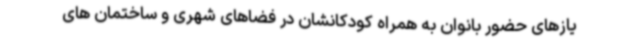
یازهای حضور بانوان به همراه کودکانشان در فضاهای شهری و ساختمان های